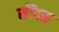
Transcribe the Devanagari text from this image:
सौंदळ